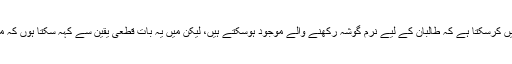
سابق صدر جنرل پرویز مشرف کا کہنا تھا: ’’ میں اس بات کی تردید نہیں کرسکتا ہے کہ طالبان کے لیے نرم گوشہ رکھنے والے موجود ہوسکتے ہیں، لیکن میں یہ بات قطعی یقین سے کہہ سکتا ہوں کہ مجموعی طور پر فوج اور آئی ایس آئی مثبت سمت میں کام کر رہے ہیں۔